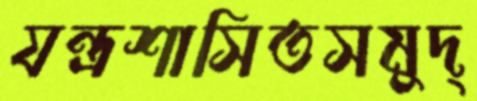
যন্ত্রশাসিতসমুদ্